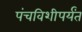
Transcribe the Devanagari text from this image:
पंचविशीपर्यंत